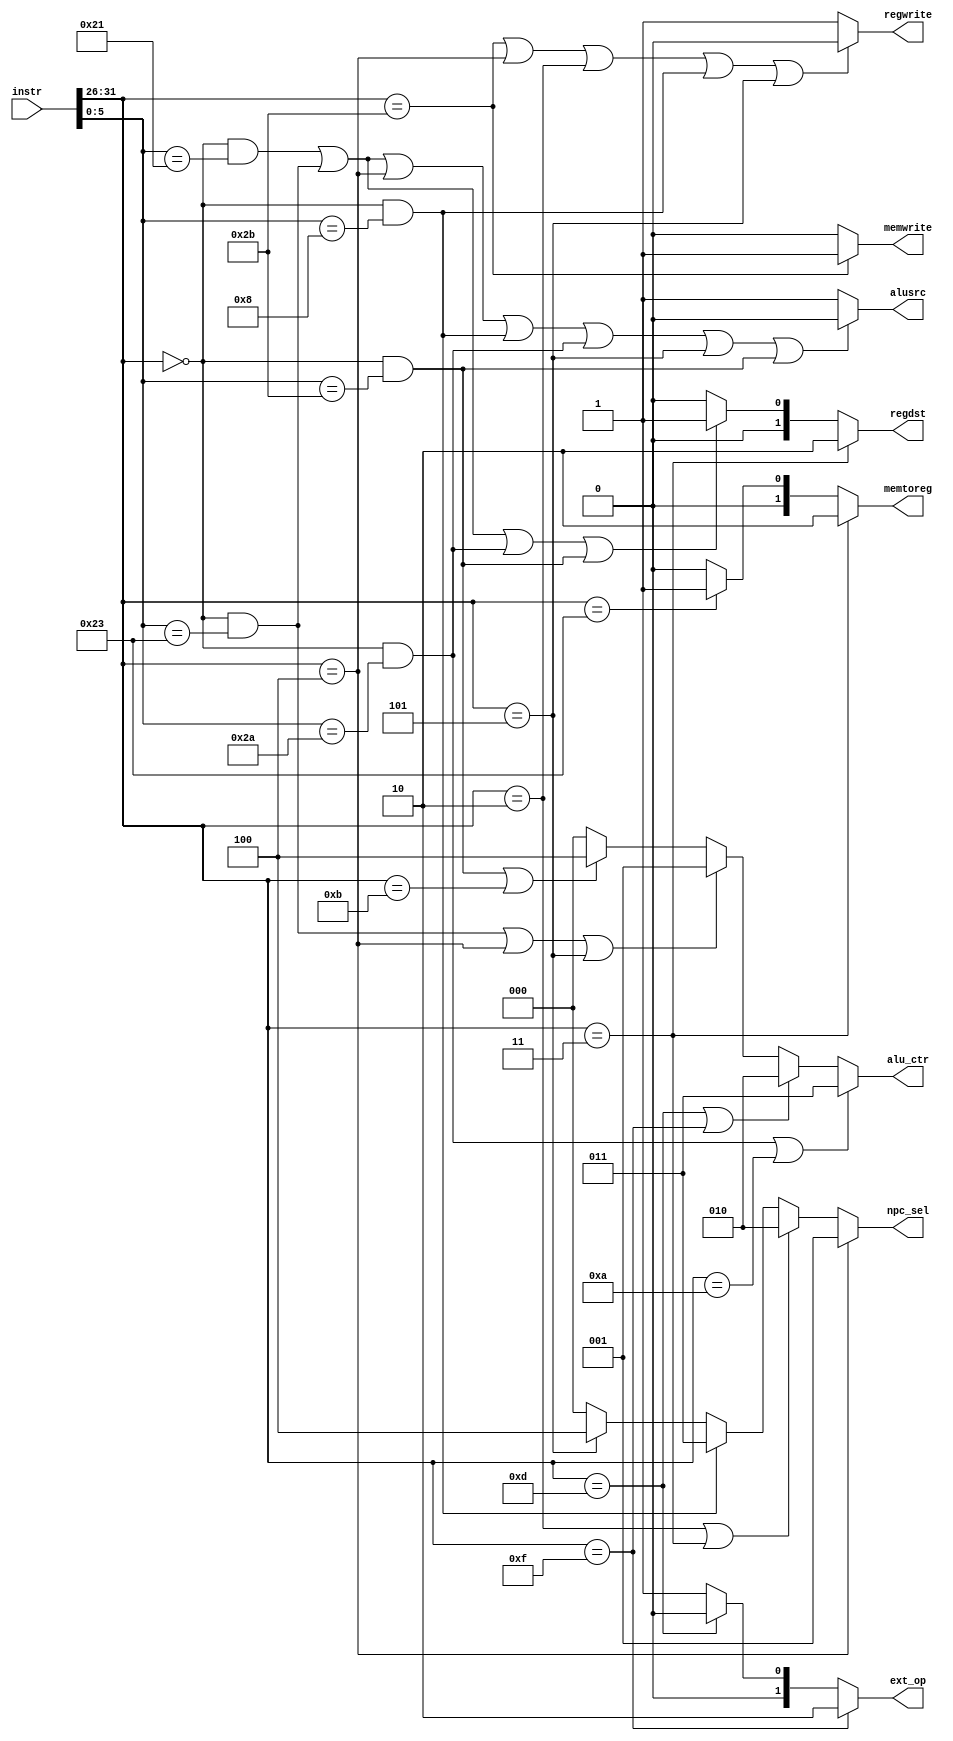
module ctrl ( instr , regdst , alusrc , memtoreg , memwrite , regwrite , npc_sel , ext_op , alu_ctr);          // controller i
    input  [31:0]  instr ;                          // opcode and funct to control
    output        alusrc ,  regwrite , memwrite  ;                //  ouput control signal
    output [1:0]  memtoreg ,regdst , ext_op ; //  ouput control signal
    output [2:0]  npc_sel , alu_ctr ;
    wire   [5:0]  opcode , funct , rt , hint  ; 
    assign  opcode = instr[31:26];
    assign  funct  = instr[5:0];
    assign  hint   = instr[10:6];
    assign  rt     = instr[20:16];
    
    // instruction decode
    wire addu = (opcode == 6'h00) & (funct == 6'h21); // addu
    wire subu = (opcode == 6'h00) & (funct == 6'h23); // subu
    wire jr   = (opcode == 6'h00) & (funct == 6'h08); // jr
    wire slt  = (opcode == 6'h00) & (funct == 6'h2a); // slt
    wire slti = (opcode == 6'h0a);                    // slti
    wire sltu = (opcode == 6'h00) & (funct == 6'h2b); // sltu
    wire sltiu= (opcode == 6'h0b);                    // sltiu
    wire addi = (opcode == 6'h08);                    // addi
    wire addiu= (opcode == 6'h09);                    // addiu
    wire ori  = (opcode == 6'h0d);                    // ori
    wire lw   = (opcode == 6'h23);                    // lw
    wire sw   = (opcode == 6'h2b);                    // sw
    wire beq  = (opcode == 6'h04);                    // beq
    wire bne  = (opcode == 6'h05);                    // bne
    wire bgez = (opcode == 6'h01) & (rt == 5'h01)    ;// bgez
    wire bgtz = (opcode == 6'h07);                    // bgtz
    wire lui  = (opcode == 6'h0f);                    // lui
    wire j    = (opcode == 6'h02);                    // j
    wire jal  = (opcode == 6'h03);                    // jal
    
    //output control signal
    wire [1:0]  memtoreg ,regdst , ext_op ;
    wire [2:0]  npc_sel , alu_ctr ;
    assign  regdst      =  jal                                ?   2'b10 :
                          (addu || subu || slt || sltu )      ?   2'b01 :
                                                                  2'b00 ;
    assign  alusrc      = (addu || subu || beq || jr || slt || bne || sltu )  ?   0     :
                                                                                  1     ;
    assign  memtoreg    = jal                                 ?   2'b10 :
                          lw                                  ?   2'b01 :
                                                                  2'b00 ;
    assign  regwrite    = (sw || beq || j || jr || bne )      ?   0     :
                                                                  1     ;
    assign  npc_sel     = beq                                 ?   3'b001:
                          (j  ||  jal )                       ?   3'b010:
                          jr                                  ?   3'b011:
                          bne                                 ?   3'b100:
                                                                  3'b000;
    assign  memwrite    = sw                                  ?   1     :
                                                                  0     ;
    assign  ext_op      = lui                                 ?   2'b10 :
                          ori                                 ?   2'b00 :
                                                                  2'b01 ;
    assign  alu_ctr     = (slt || slti )                      ?   3'b011 :
                          (ori  ||  lui )                     ?   3'b010 :
                          (subu ||  beq || bne )              ?   3'b001 :
                          (sltu || sltiu )                    ?   3'b100 : 
                                                                  3'b000 ;
endmodule